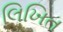
લિખિત